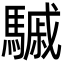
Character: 𩥼